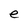
Character: e